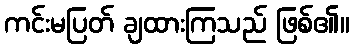
ကင်းမပြတ် ချထားကြသည် ဖြစ်၏။